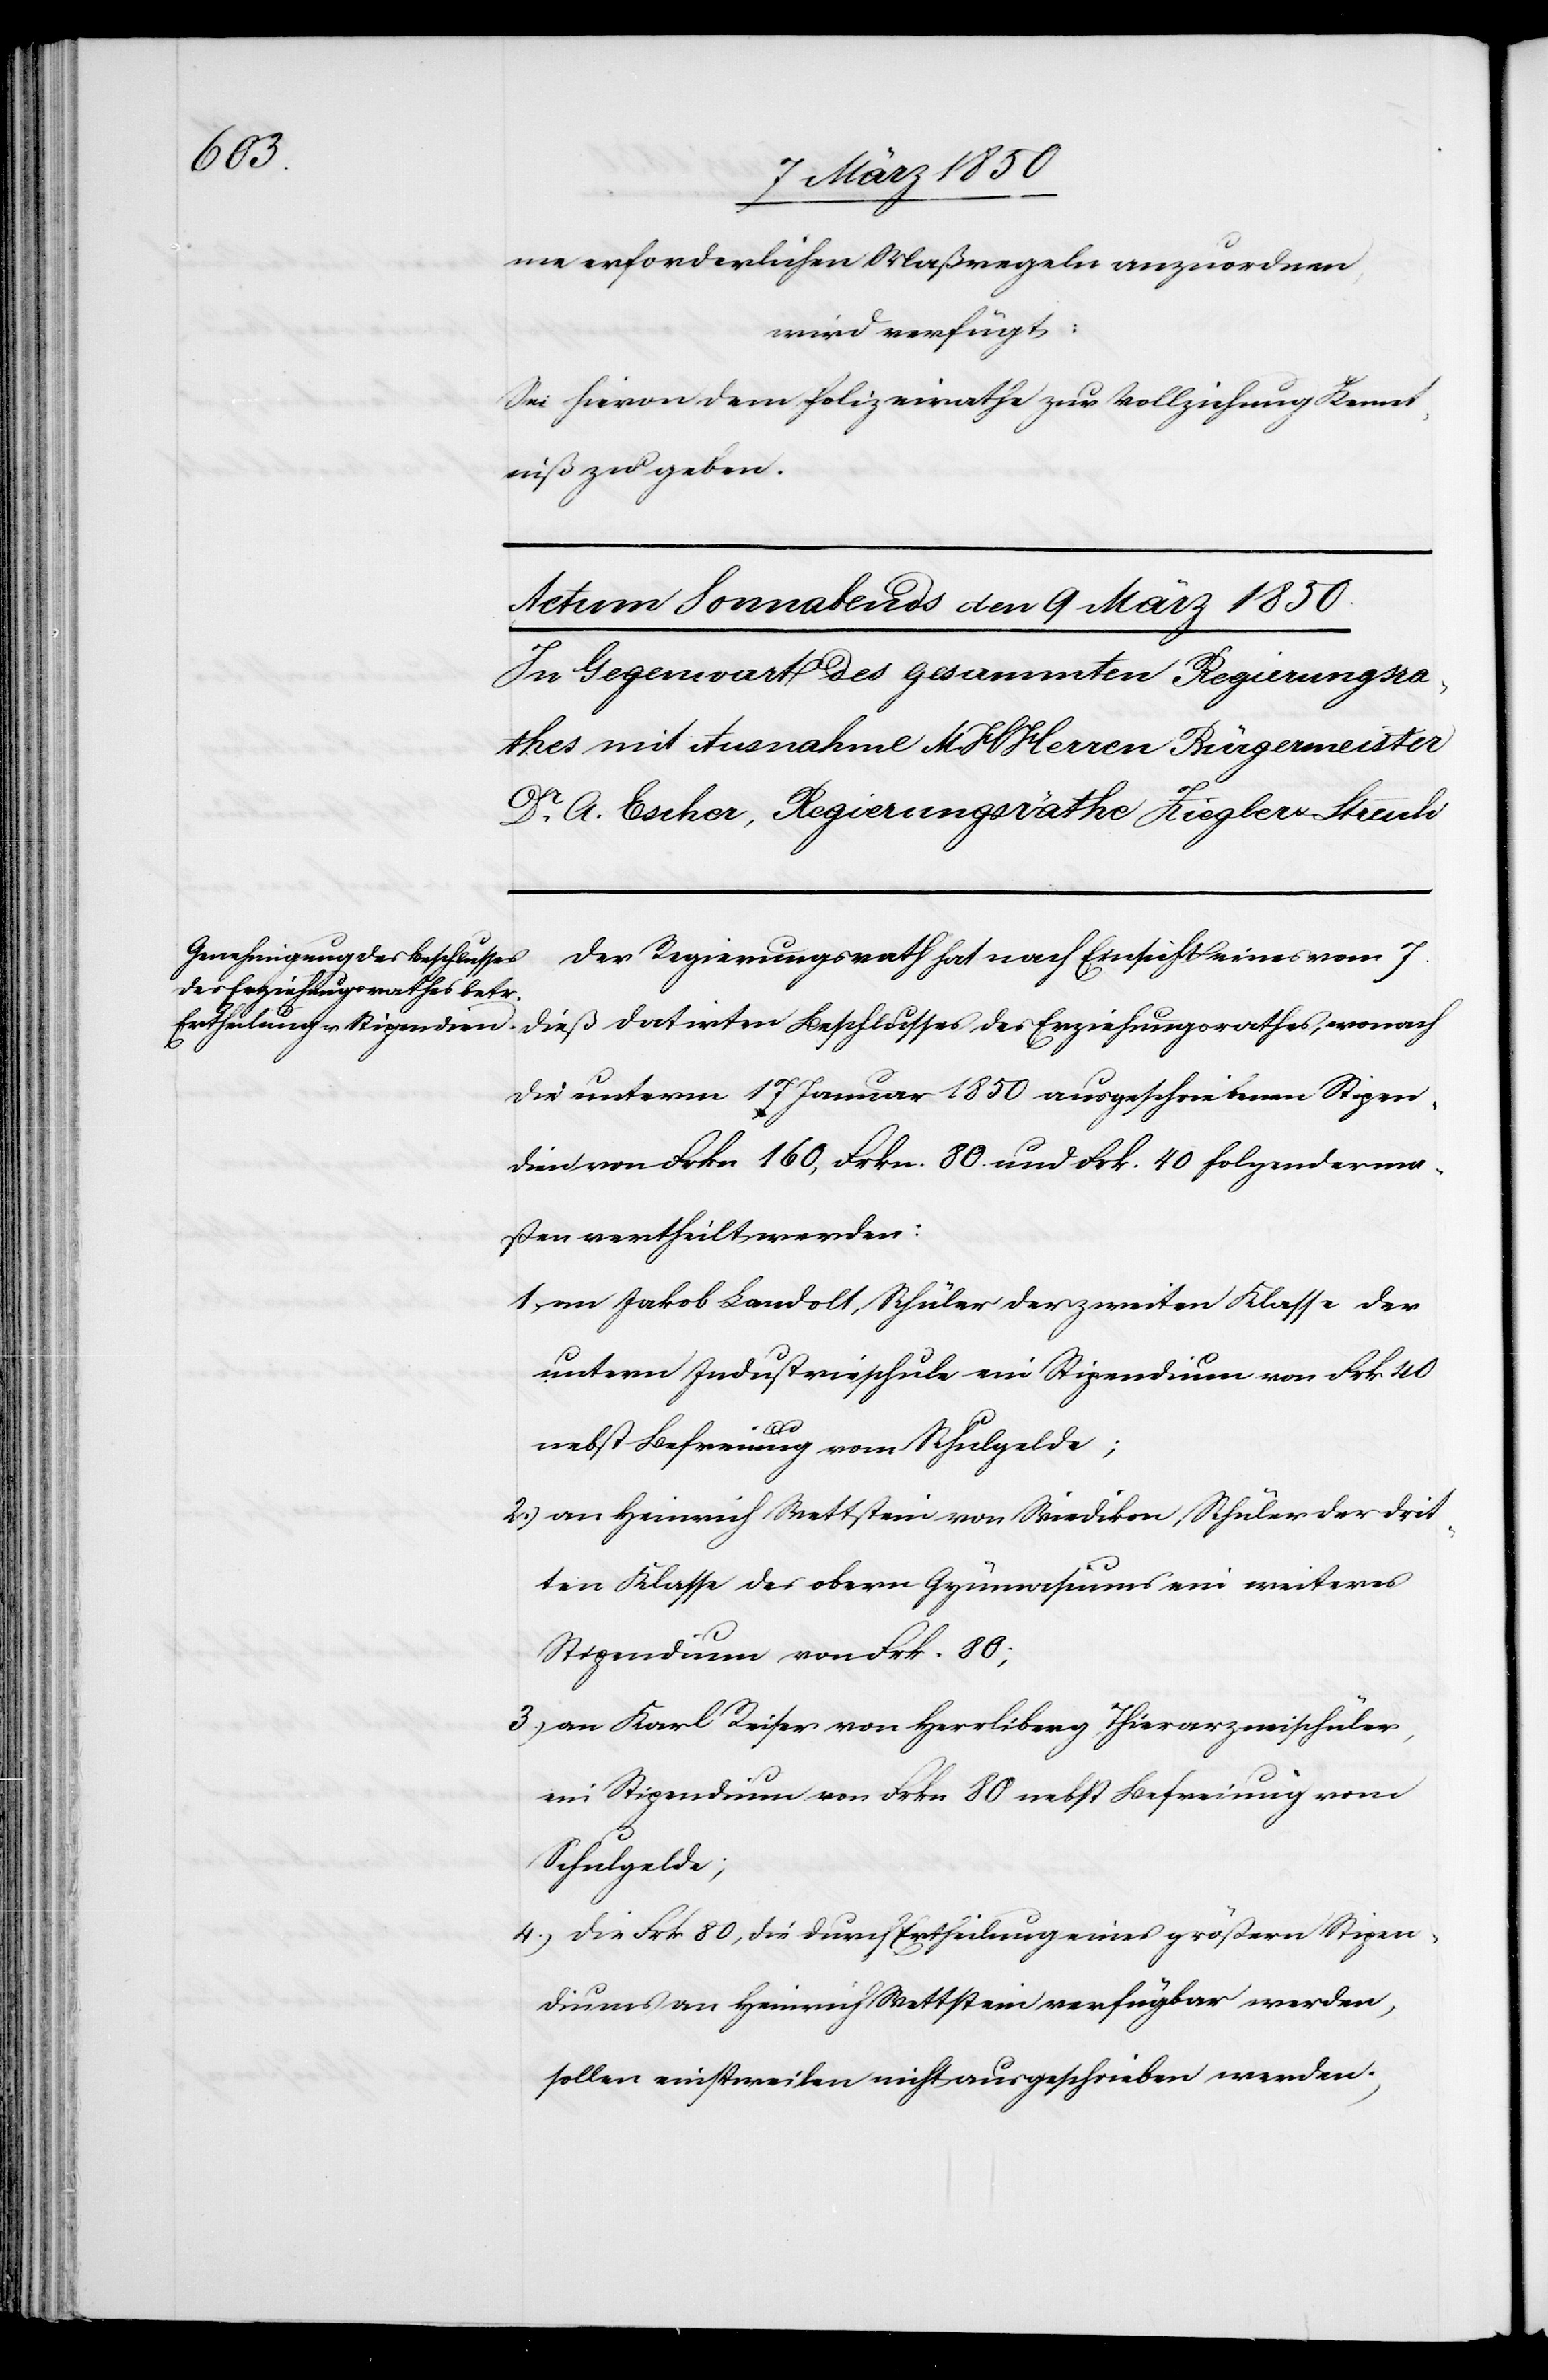
me erforderlichen Maßregeln anzuordnen,
wird verfügt:
Sei hievon dem Polizeirathe zur Vollziehung Kennt¬
niß zu geben.
Der Regierungsrath hat nach Einsicht eines vom 7
dieß datirten Beschlusses des Erziehungsrathes, wonach
die unterm 17 Januar 1850 ausgeschriebenen Stipen¬
dien von Frkn 160, Frkn. 80. und Frk. 40 folgenderma¬
ßen vertheilt werden:
1. an Jakob Landolt, Schüler der zweiten Klasse der
untern Industrieschule ein Stipendium von Frk 40
Stipen¬
nebst Befreiung vom Schulgelde;
2.) an Heinrich Wettstein von Wiedikon, Schüler der drit¬
ten Klasse des obern Gymnasiums ein weiteres
Stipendium von Frk. 80;
3.) an Karl Reiser von Herrliberg, Thierarzneischüler,
ein Stipendium von Frkn 80 nebst Befreiung vom
Schulgelde;
4.) Die Frk 80, die durch Ertheilung eines größern [sic!]
diums an Heinrich Wettstein verfügbar werden,
sollen einstweilen nicht ausgeschrieben werden;